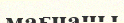
мағнаны